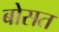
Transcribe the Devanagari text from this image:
बोसत